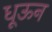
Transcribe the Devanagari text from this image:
धूऊन